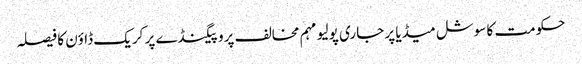
حکومت کا سوشل میڈیا پر جاری پولیو مہم مخالف پروپیگنڈے پر کریک ڈاؤن کا فیصلہ